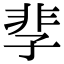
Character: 𩇫